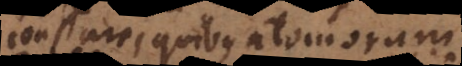
constare, quibus atomorum